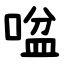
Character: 㖹